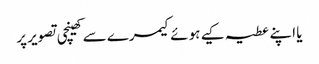
یا اپنے عطیہ کیے ہوئے کیمرے سے کھینچی تصویر پر